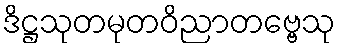
ဒိဋ္ဌသုတမုတဝိညာတဗ္ဗေသု